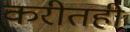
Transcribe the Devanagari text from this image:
करीतही